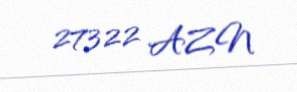
27322 AZN